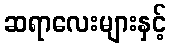
ဆရာလေးများနှင့်